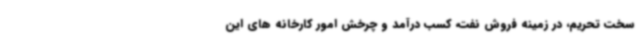
سخت تحریم، در زمینه فروش نفت، کسب درآمد و چرخش امور کارخانه های این